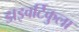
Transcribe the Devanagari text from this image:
डाइवर्टिकुला